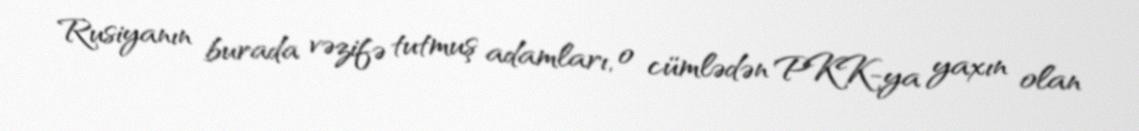
Rusiyanın burada vəzifə tutmuş adamları, o cümlədən PKK-ya yaxın olan